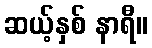
ဆယ့်နှစ် နာရီ။